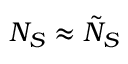
N _ { S } \approx \tilde { N } _ { S }